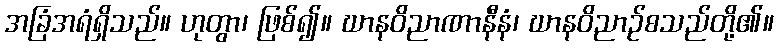
အခြံအရံရှိသည်။ ဟုတွာ၊ ဖြစ်၍။ ဃာနဝိညာဏာနီနံ၊ ဃာနဝိညာဉ်စသည်တို့၏။